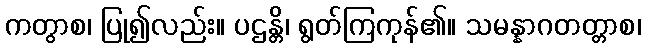
ကတွာစ၊ ပြု၍လည်း။ ပဌန္တိ၊ ရွတ်ကြကုန်၏။ သမန္နာဂတတ္တာစ၊